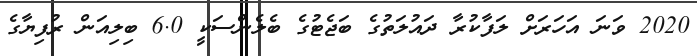
2020 ވަނަ އަހަރަށް ލަފާކުރާ ދައުލަތުގެ ބަޖެޓުގެ ބެލެންސަކީ 6.0 ބިލިއަން ރުފިޔާގެ